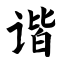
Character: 谐